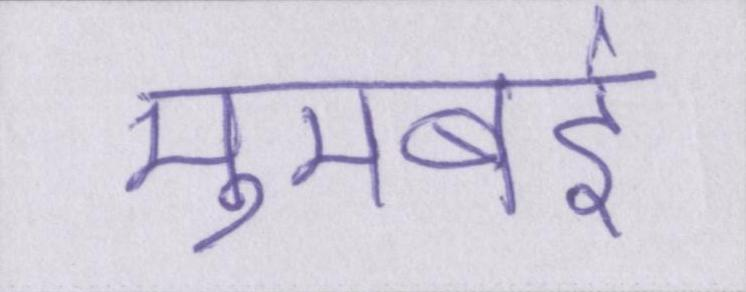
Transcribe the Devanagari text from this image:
मुमबई